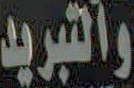
والتبريد